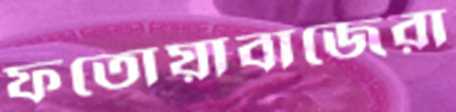
ফতোয়াবাজেরা